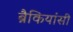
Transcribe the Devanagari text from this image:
ब्रैकियांसी